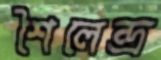
শৈলেন্দ্র